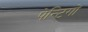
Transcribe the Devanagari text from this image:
पेन्टिगों